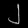
Digit: ၂